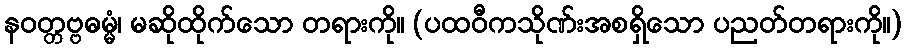
နဝတ္တဗ္ဗဓမ္မံ၊ မဆိုထိုက်သော တရားကို။ (ပထဝီကသိုဏ်းအစရှိသော ပညတ်တရားကို။)